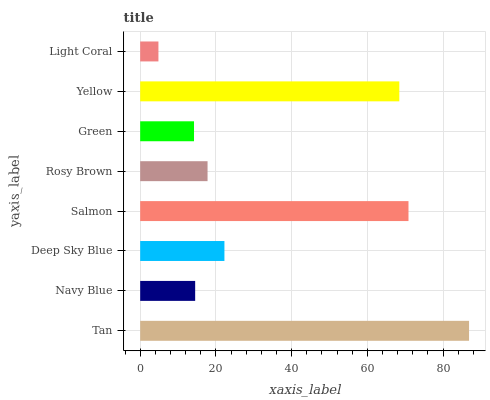
| yaxis_label | bars |
 | --- | --- |
 | Tan | 86.8 |
 | Navy Blue | 14.5 |
 | Deep Sky Blue | 22.2 |
 | Salmon | 70.9 |
 | Rosy Brown | 17.8 |
 | Green | 14.2 |
 | Yellow | 68.4 |
 | Light Coral | 4.82 |